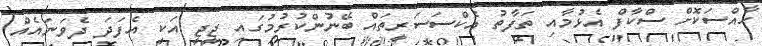
ހާއްސަކޮށް ސްކާފް އެޅުމާއި ތަފާތު އެކްސަސަރީތައް ބޭނުންކުރުމުގައި ޖީޖީ އަކީ އެފަދަ ދެވަނައެއް